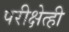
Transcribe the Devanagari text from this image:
परीक्षेत्ही